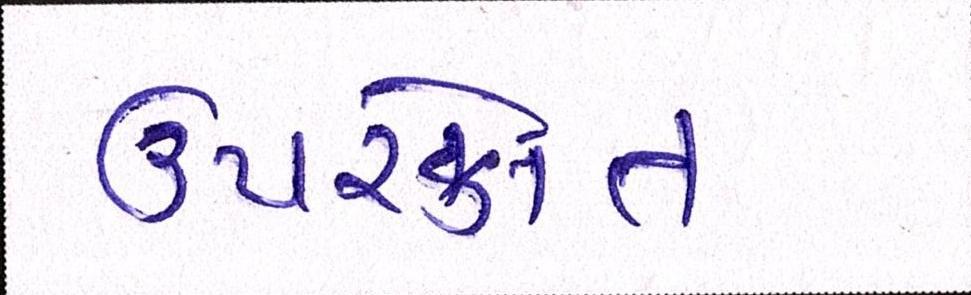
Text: ઉપરકોત